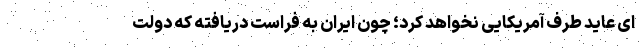
ای عاید طرف آمریکایی نخواهد کرد؛ چون ایران به فراست دریافته که دولت